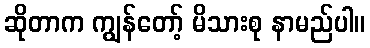
ဆိုတာက ကျွန်တော့် မိသားစု နာမည်ပါ။